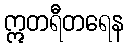
ဣတရီတရေန